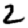
Digit: 2